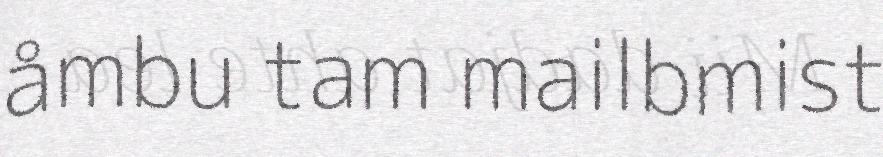
åmbu tam mailbmist